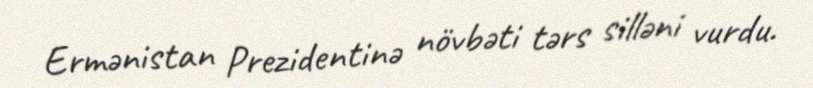
Ermənistan Prezidentinə növbəti tərs silləni vurdu.